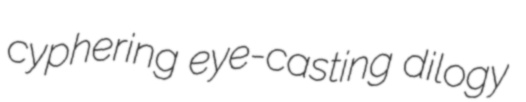
cyphering eye-casting dilogy